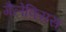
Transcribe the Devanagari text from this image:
गैलेक्सिस